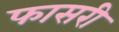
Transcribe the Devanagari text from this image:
फासरी